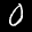
Label: 0